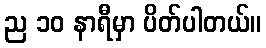
ည ၁၀ နာရီမှာ ပိတ်ပါတယ်။